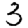
Digit: 3